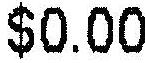
$0.00